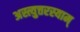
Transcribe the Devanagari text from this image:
अस्त्युत्तरस्याम्